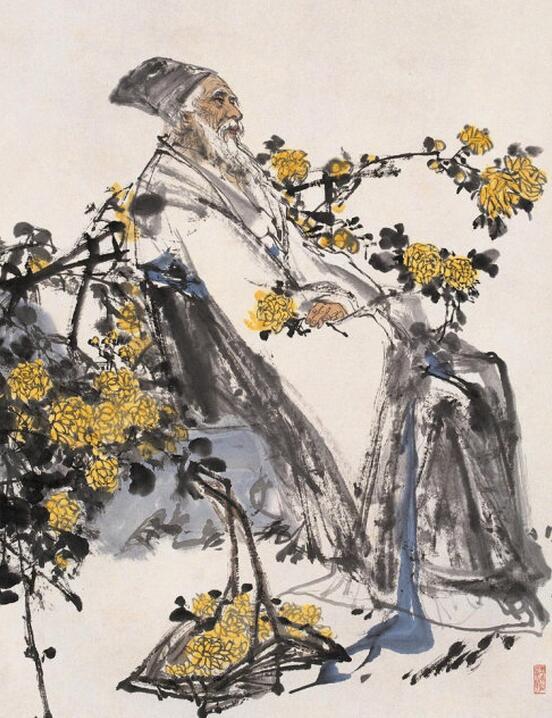
鸷鸟将击，卑飞敛翼猛兽将搏，弭耳俯伏圣人将动，必有愚色。